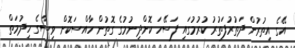
އޭގެ އިތުރުން ދަތުރުފަތުރު ކުރުމުގައި ފަސޭހަ ކޮށްދިނުމުގެ ގޮތުން ހާއްސަކޮށް ވިސާގެ ހިދުމަތް